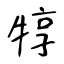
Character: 犉